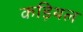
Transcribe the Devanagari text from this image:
कड़ियल